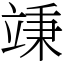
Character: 𥪕